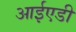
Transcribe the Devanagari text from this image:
आईएडी